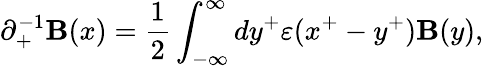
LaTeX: {\partial}_{+}^{-1}\mathbf{B}(x)=\frac{{1}}{{2}}\int_{-{\infty}}^{\infty}dy^{+}{\varepsilon}(x^{+}-y^{+})\mathbf{B}(y),